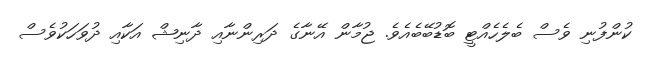
ކުންފުނި ވެސް ބެލެހެއްޓީ ބޮޑުބޭބެއެވެ. ޖުމާން އޭނާގެ ދަރިންނާއި ދާނިޝް އަކާއި ދުވަހަކުވެސް